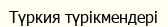
Түркия түрікмендері